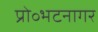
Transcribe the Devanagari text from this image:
प्रो॰भटनागर